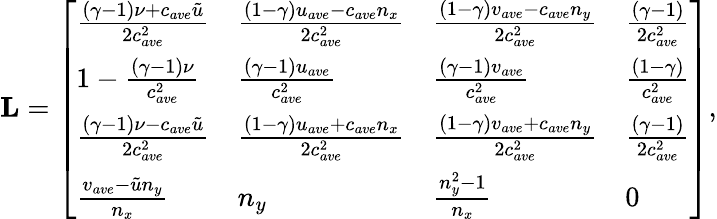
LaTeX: \mathbf{L}=\left[\begin{array}{llll}{\frac{(\gamma-1)\nu+c_{ave}\tilde{u}}{2c_{ave}^{2}}}&{\frac{(1-\gamma)u_{ave}-c_{ave}n_{x}}{2c_{ave}^{2}}}&{\frac{(1-\gamma)v_{ave}-c_{ave}n_{y}}{2c_{ave}^{2}}}&{\frac{(\gamma-1)}{2c_{ave}^{2}}}\\ {1-\frac{(\gamma-1)\nu}{c_{ave}^{2}}}&{\frac{(\gamma-1)u_{ave}}{c_{ave}^{2}}}&{\frac{(\gamma-1)v_{ave}}{c_{ave}^{2}}}&{\frac{(1-\gamma)}{c_{ave}^{2}}}\\ {\frac{(\gamma-1)\nu-c_{ave}\tilde{u}}{2c_{ave}^{2}}}&{\frac{(1-\gamma)u_{ave}+c_{ave}n_{x}}{2c_{ave}^{2}}}&{\frac{(1-\gamma)v_{ave}+c_{ave}n_{y}}{2c_{ave}^{2}}}&{\frac{(\gamma-1)}{2c_{ave}^{2}}}\\ {\frac{v_{ave}-\tilde{u}n_{y}}{n_{x}}}&{n_{y}}&{\frac{n_{y}^{2}-1}{n_{x}}}&{0}\end{array}\right],